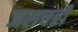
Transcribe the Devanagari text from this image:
जलचरी